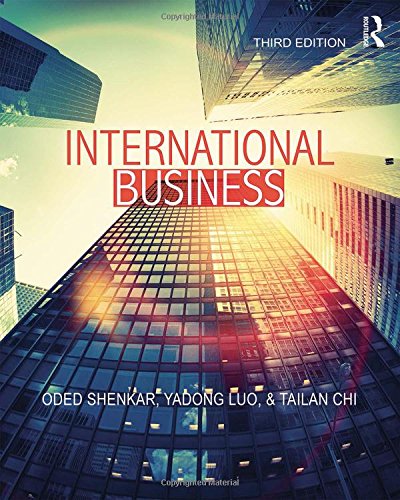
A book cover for International Business; Oded Shenkar; Business & Money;